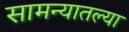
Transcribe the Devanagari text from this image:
सामन्यातल्या